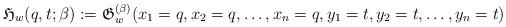
LaTeX: \begin{gather*}\mathfrak{H}_{w}(q,t;\beta):=\mathfrak{G}_{w}^{(\beta)}(x_1=q,x_2=q, \ldots,x_n=q,y_1=t,y_2=t,\ldots,y_n=t)\end{gather*}